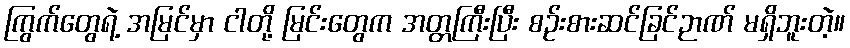
ကြွက်တွေရဲ့ အမြင်မှာ ငါတို့ မြင်းတွေက အတ္တကြီးပြီး စဉ်းစားဆင်ခြင်ဉာဏ် မရှိဘူးတဲ့။